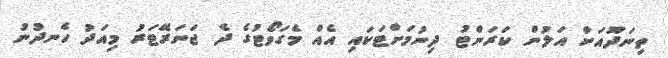
ތިނަދޫއަށް އަލުން ކަރަންޓު ދިނުމަށްޓަކައި އެއް މެގަވޯޓުގެ ދެ ޖަނަރޭޓަރު މިއަދު ހެނދުނު